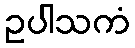
ဥပါသကံ